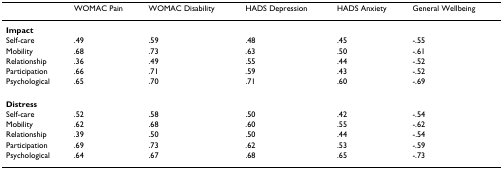
|  | WOMAC Pain | WOMAC Disability | HADS Depression | HADS Anxiety | General Wellbeing |
 | --- | --- | --- | --- | --- | --- |
 | Impact |  |  |  |  |  |
 | Self-care | .49 | .59 | .48 | .45 | -.55 |
 | Mobility | .68 | .73 | .63 | .50 | -.61 |
 | Relationship | .36 | .49 | .55 | .44 | -.52 |
 | Participation | .66 | .71 | .59 | .43 | -.52 |
 | Psychological | .65 | .70 | .71 | .60 | -.69 |
 | Distress |  |  |  |  |  |
 | Self-care | .52 | .58 | .50 | .42 | -.54 |
 | Mobility | .62 | .68 | .60 | .55 | -.62 |
 | Relationship | .39 | .50 | .50 | .44 | -.54 |
 | Participation | .69 | .73 | .62 | .53 | -.59 |
 | Psychological | .64 | .67 | .68 | .65 | -.73 |